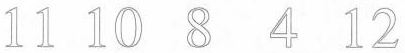
11 10 8 4 12